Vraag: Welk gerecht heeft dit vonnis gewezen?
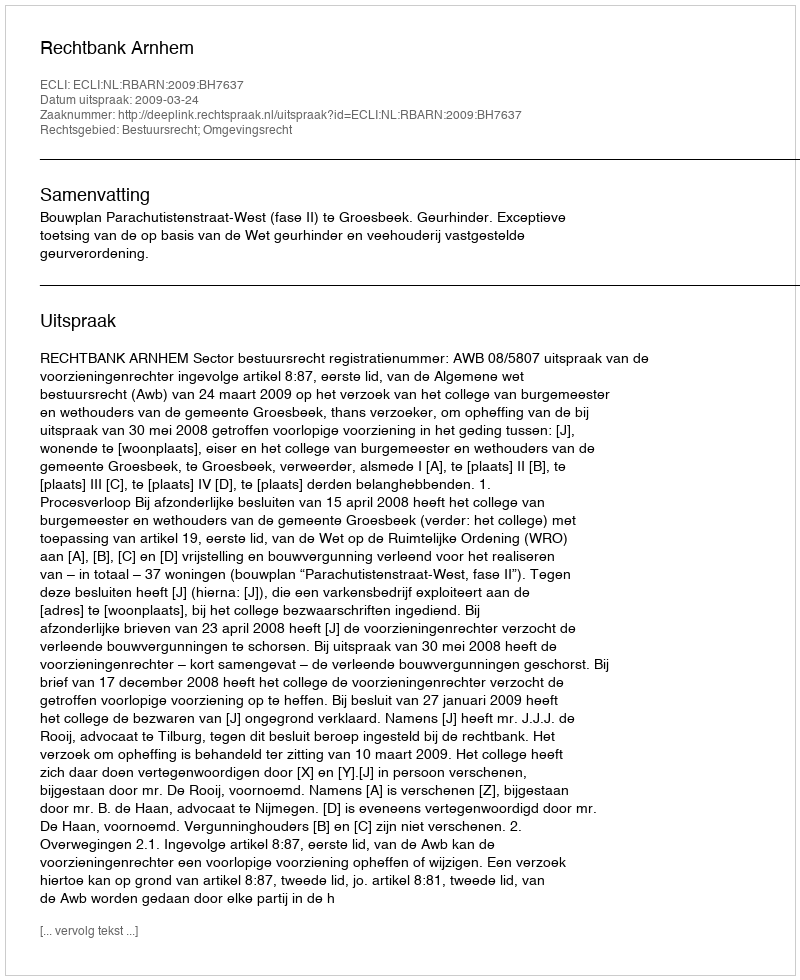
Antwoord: Rechtbank Arnhem